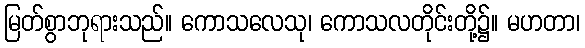
မြတ်စွာဘုရားသည်။ ကောသလေသု၊ ကောသလတိုင်းတို့၌။ မဟတာ၊